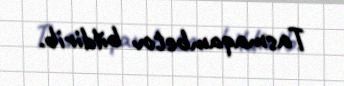
Tasmaqambetov bildirib.